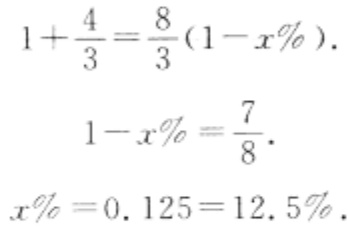
\[
\begin{align*}
1+\frac{4}{3}&=\frac{8}{3}(1 - x\%)\\
1 - x\%&=\frac{7}{8}\\
x\%&=0.125 = 12.5\%
\end{align*}
\]